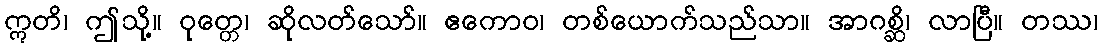
ဣတိ၊ ဤသို့။ ဝုတ္တေ၊ ဆိုလတ်သော်။ ဧကောဝ၊ တစ်ယောက်သည်သာ။ အာဂစ္ဆိ၊ လာပြီ။ တဿ၊